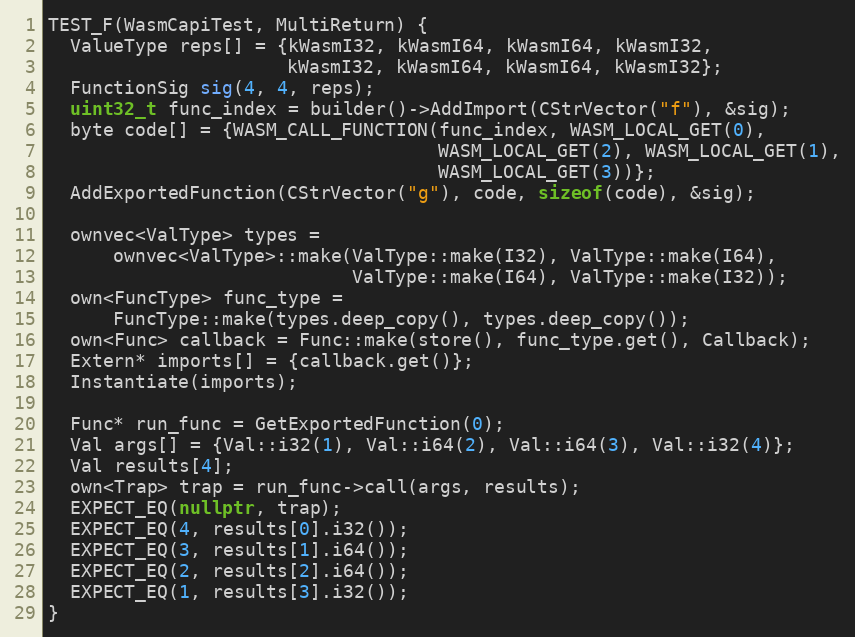
Language: C++
TEST_F(WasmCapiTest, MultiReturn) {
  ValueType reps[] = {kWasmI32, kWasmI64, kWasmI64, kWasmI32,
                      kWasmI32, kWasmI64, kWasmI64, kWasmI32};
  FunctionSig sig(4, 4, reps);
  uint32_t func_index = builder()->AddImport(CStrVector("f"), &sig);
  byte code[] = {WASM_CALL_FUNCTION(func_index, WASM_LOCAL_GET(0),
                                    WASM_LOCAL_GET(2), WASM_LOCAL_GET(1),
                                    WASM_LOCAL_GET(3))};
  AddExportedFunction(CStrVector("g"), code, sizeof(code), &sig);

  ownvec<ValType> types =
      ownvec<ValType>::make(ValType::make(I32), ValType::make(I64),
                            ValType::make(I64), ValType::make(I32));
  own<FuncType> func_type =
      FuncType::make(types.deep_copy(), types.deep_copy());
  own<Func> callback = Func::make(store(), func_type.get(), Callback);
  Extern* imports[] = {callback.get()};
  Instantiate(imports);

  Func* run_func = GetExportedFunction(0);
  Val args[] = {Val::i32(1), Val::i64(2), Val::i64(3), Val::i32(4)};
  Val results[4];
  own<Trap> trap = run_func->call(args, results);
  EXPECT_EQ(nullptr, trap);
  EXPECT_EQ(4, results[0].i32());
  EXPECT_EQ(3, results[1].i64());
  EXPECT_EQ(2, results[2].i64());
  EXPECT_EQ(1, results[3].i32());
}